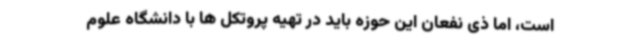
است، اما ذی نفعان این حوزه باید در تهیه پروتکل ها با دانشگاه علوم